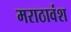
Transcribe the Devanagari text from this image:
मराठावंश